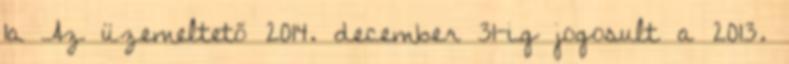
1a Az üzemeltető 2014. december 31-ig jogosult a 2013.